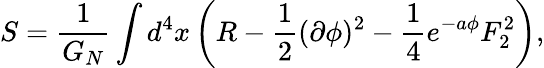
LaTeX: S={\frac{1}{G_{N}}}\int d^{4}x\left(R-{\frac{1}{2}}(\partial\phi)^{2}-{\frac{1}{4}}e^{-a\phi}F_{2}^{2}\right),